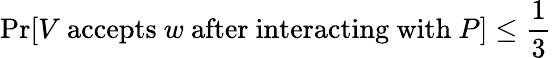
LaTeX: \operatorname*{Pr}[V{\mathrm{~accepts~}}w{\mathrm{~after~interacting~with~}}P]\leq{\frac{1}{3}}